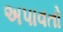
અપાવતો